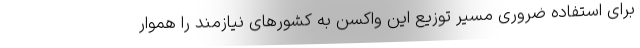
برای استفاده ضروری مسیر توزیع این واکسن به کشورهای نیازمند را هموار